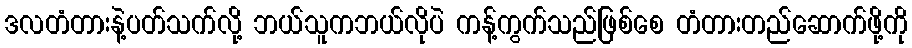
ဒလတံတားနဲ့ပတ်သက်လို့ ဘယ်သူကဘယ်လိုပဲ ကန့်ကွက်သည်ဖြစ်စေ တံတားတည်ဆောက်ဖို့ကို